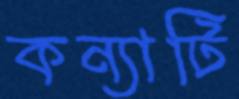
কন্যাটি